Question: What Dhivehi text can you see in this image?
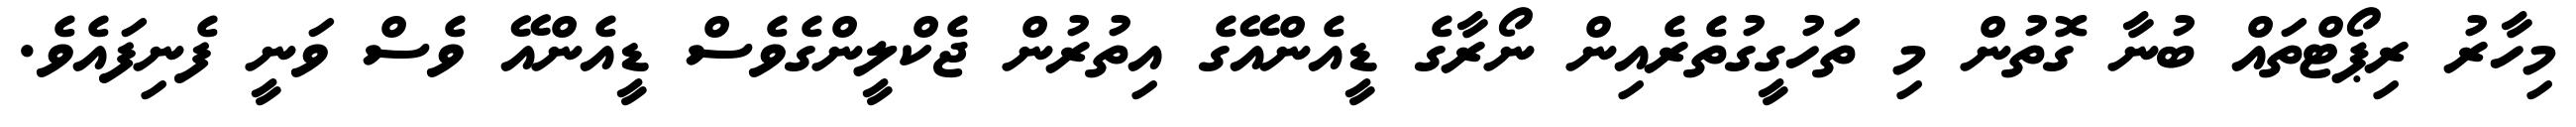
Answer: މިހާރު ރިޕޯޓްތައް ބުނާ ގޮތުން މި ތަހުގީގުތެރެއިން ނޯރާގެ ޑީއެންއޭގެ އިތުރުން ޖެކްލީންގެވެސް ޑީއެންއޭ ވެސް ވަނީ ފެނިފައެވެ.